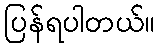
ပြန်ရပါတယ်။